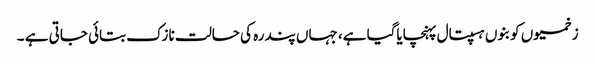
زخمیوں کو بنوں ہسپتال پہنچایاگیا ہے، جہاں پندرہ کی حالت نازک بتائی جاتی ہے ۔